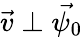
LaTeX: \vec{v}\perp\vec{\psi_{0}}